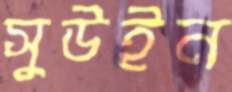
সুউইন